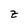
Character: z